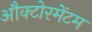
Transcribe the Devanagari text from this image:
औक्टोरमेंटम